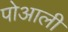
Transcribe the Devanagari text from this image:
पोआली